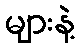
များနဲ့